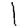
Digit: 1